59_214434_SP 16 [7.18.1963]
Agency: Department of State
Incident date: 7/18/63
Page 4
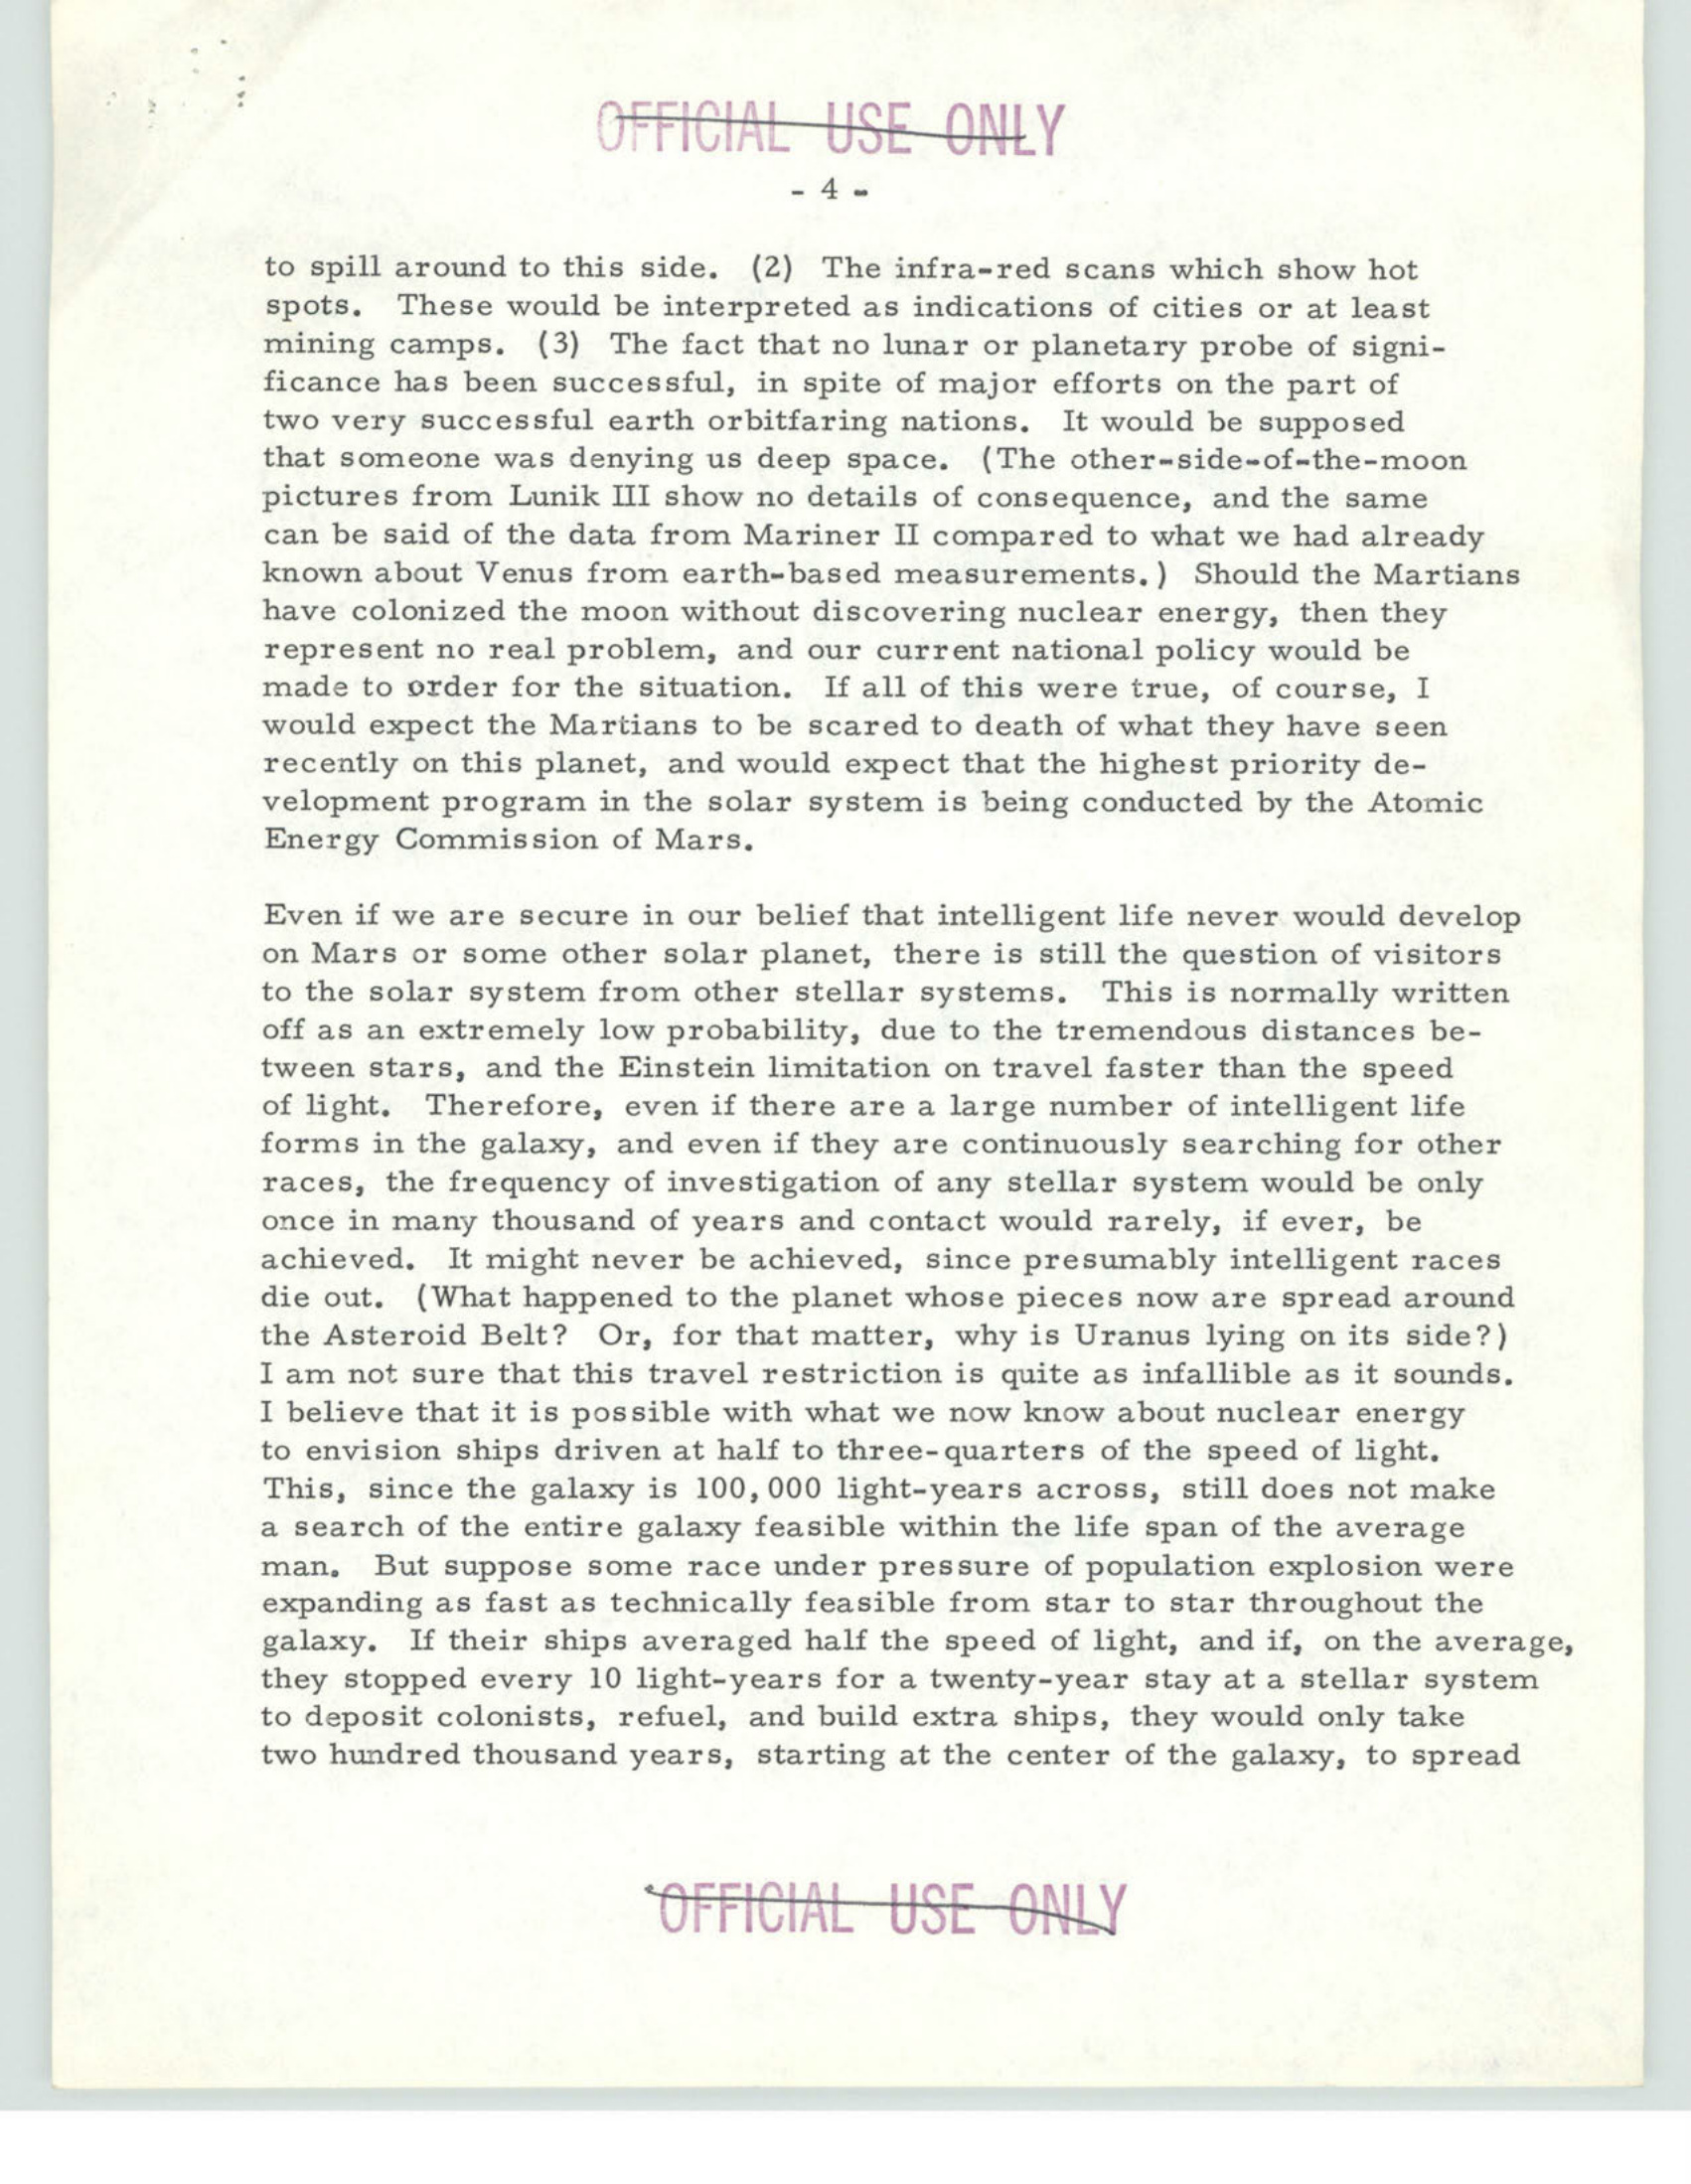